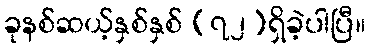
ခုနစ်ဆယ့်နှစ်နှစ် (၇၂)ရှိခဲ့ပါပြီ။